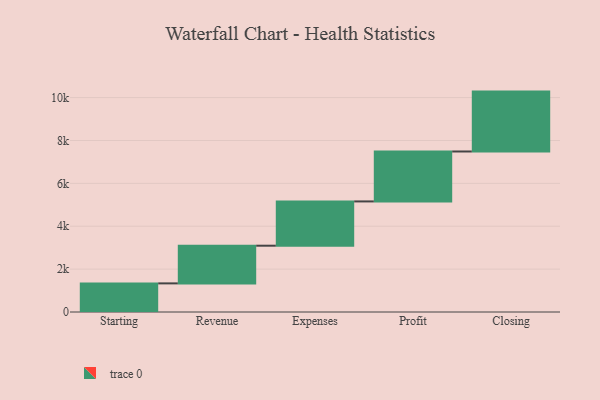
{"axis": {"x": "Step", "y": "Value"}, "legend": [""], "data": [{"x": "Starting", "y": 1335.0, "type": ""}, {"x": "Revenue", "y": 1757.0, "type": ""}, {"x": "Expenses", "y": 2065.0, "type": ""}, {"x": "Profit", "y": 2329.0, "type": ""}, {"x": "Closing", "y": 2793.0, "type": ""}]}